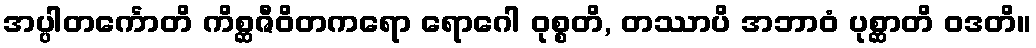
အပ္ပါတင်္ကောတိ ကိစ္ဆဇီဝိတကရော ရောဂေါ ဝုစ္စတိ, တဿာပိ အဘာဝံ ပုစ္ဆာတိ ဝဒတိ။